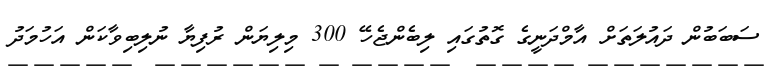
ސަބަބުން ދައުލަތަށް އާމްދަނީގެ ގޮތުގައި ލިބެންޖެހޭ 300 މިލިޔަން ރުފިޔާ ނުލިބިވާކަން އަހުމަދު